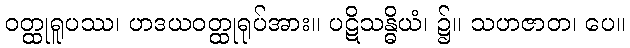
ဝတ္ထုရူပဿ၊ ဟဒယဝတ္ထုရုပ်အား။ ပဋိသန္ဓိယံ၊ ၌။ သဟဇာတ၊ ပေ။